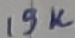
Text: 19K